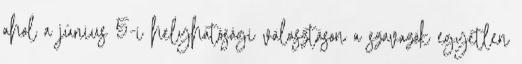
ahol a június 5-i helyhatósági választáson a szavazók egyetlen